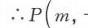
\(\therefore P\left(m,-\right.\)